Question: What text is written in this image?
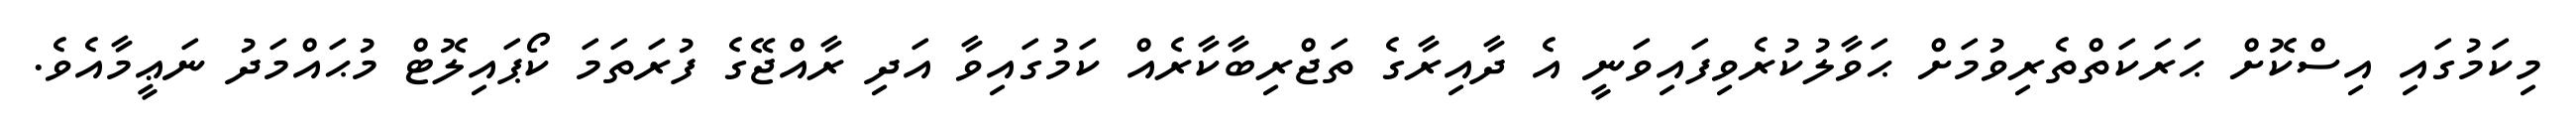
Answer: މިކަމުގައި އިސްކޮށް ޙަރަކަތްތެރިވުމަށް ޙަވާލުކުރެވިފައިވަނީ އެ ދާއިރާގެ ތަޖްރިބާކާރެއް ކަމުގައިވާ އަދި ރާއްޖޭގެ ފުރަތަމަ ކޯޕައިލޮޓް މުޙައްމަދު ނަޢީމާއެވެ.